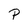
Character: P